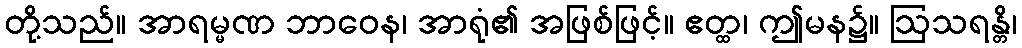
တို့သည်။ အာရမ္မဏ ဘာဝေန၊ အာရုံ၏ အဖြစ်ဖြင့်။ ဧတ္ထ၊ ဤမန၌။ ဩသရန္တိ၊